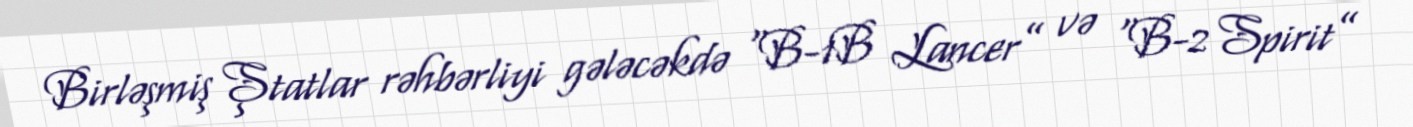
Birləşmiş Ştatlar rəhbərliyi gələcəkdə “B-1B Lancer” və “B-2 Spirit”